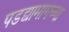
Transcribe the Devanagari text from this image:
पडद्यामागच्या